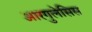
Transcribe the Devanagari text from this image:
आरगुलेसिस